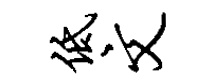
低文